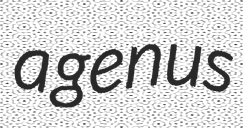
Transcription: a genus